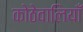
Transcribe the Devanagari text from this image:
कोठेवालियाँ